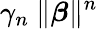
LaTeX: \gamma_{n}~\| \boldsymbol\beta\| ^{n}